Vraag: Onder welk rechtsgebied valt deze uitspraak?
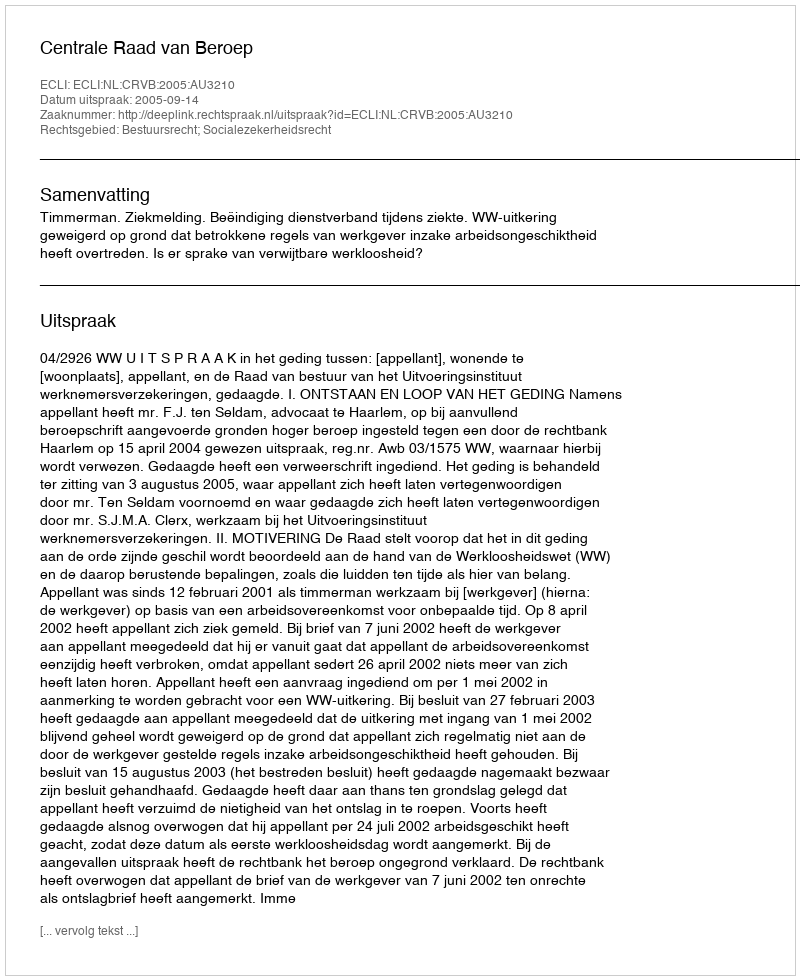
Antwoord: Bestuursrecht; Socialezekerheidsrecht